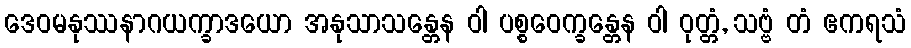
ဒေဝမနုဿနာဂယက္ခာဒယော အနုသာသန္တေန ဝါ ပစ္စဝေက္ခန္တေန ဝါ ဝုတ္တံ, သဗ္ဗံ တံ ဧကရသံ